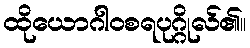
ထိုယောဂါဝစရပုဂ္ဂိုလ်၏။